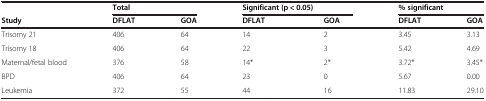
|  | <COLSPAN=2> Total | <COLSPAN=2> Significant (p < 0.05) | <COLSPAN=2> % significant |
 | Study | DFLAT | GOA | DFLAT | GOA | DFLAT | GOA |
 | --- | --- | --- | --- | --- | --- | --- |
 | Trisomy 21 | 406 | 64 | 14 | 2 | 3.45 | 3.13 |
 | Trisomy 18 | 406 | 64 | 22 | 3 | 5.42 | 4.69 |
 | Maternal/fetal blood | 376 | 58 | 14* | 2* | 3.72* | 3.45* |
 | BPD | 406 | 64 | 23 | 0 | 5.67 | 0.00 |
 | Leukemia | 372 | 55 | 44 | 16 | 11.83 | 29.10 |